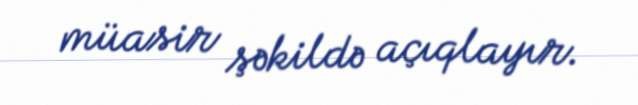
müasir şəkildə açıqlayır.